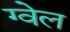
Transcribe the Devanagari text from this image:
ग्वेल